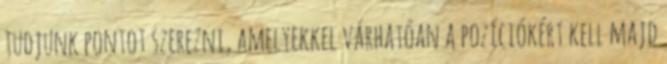
tudjunk pontot szerezni, amelyekkel várhatóan a pozíciókért kell majd